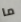
ما